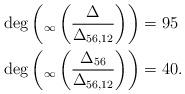
LaTeX: \begin{align*} &\deg\left(_\infty\left(\frac{\Delta}{\Delta_{56,12}}\right)\right)=95\\ &\deg\left(_\infty\left(\frac{\Delta_{56}}{\Delta_{56,12}}\right)\right)=40. \end{align*}